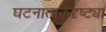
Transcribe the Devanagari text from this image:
घटनात्मकदृष्ट्या